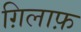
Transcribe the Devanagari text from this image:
ग़िलाफ़